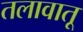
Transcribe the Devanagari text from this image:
तलावातू